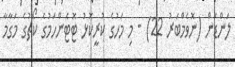
ލަންޑަން (ނޮވެމްބަރު 22) - މި މަހުގެ ކުރީކޮޅު ޓޮޓެންހަމުގެ ކޯޗުގެ މަގާމާ